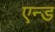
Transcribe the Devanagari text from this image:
एन्‍ड